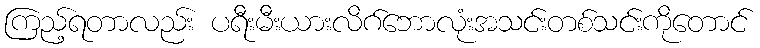
ကြည့်ရတာလည်း ပရီးမီးယားလိဂ်ဘောလုံးအသင်းတစ်သင်းကိုတောင်